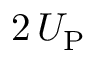
2 \, U _ { \mathrm { P } }